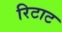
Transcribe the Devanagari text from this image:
रिटाट